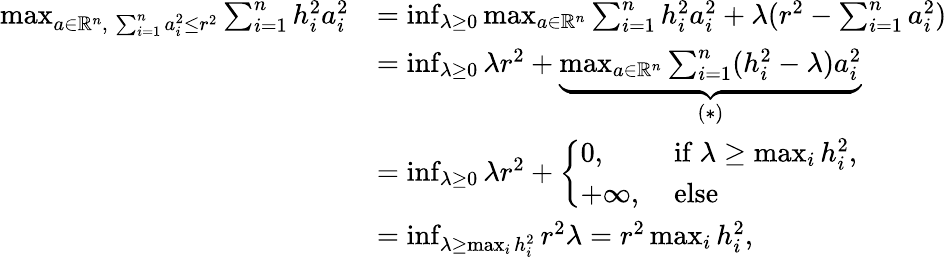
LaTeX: \begin{array}{rl}{\operatorname*{max}_{a\in\mathbb R^{n},\; \sum_{i=1}^{n}a_{i}^{2}\le r^{2}}\sum_{i=1}^{n}h_{i}^{2}a_{i}^{2}}&{=\operatorname*{inf}_{\lambda\ge 0}\operatorname*{max}_{a\in\mathbb R^{n}}\sum_{i=1}^{n}h_{i}^{2}a_{i}^{2}+\lambda(r^{2}-\sum_{i=1}^{n}a_{i}^{2})}\\ &{=\operatorname*{inf}_{\lambda\ge 0}\lambda r^{2}+\underbrace{\operatorname*{max}_{a\in\mathbb R^{n}}\sum_{i=1}^{n}(h_{i}^{2}-\lambda)a_{i}^{2}}_{(*)}}\\ &{=\operatorname*{inf}_{\lambda\ge 0}\lambda r^{2}+\left\{ \begin{array}{ll}{0,}&{\mathrm{~if~}\lambda\ge\operatorname*{max}_{i}h_{i}^{2},}\\ {+\infty,}&{\mathrm{~else}}\end{array}\right.}\\ &{=\operatorname*{inf}_{\lambda\ge\operatorname*{max}_{i}h_{i}^{2}}r^{2}\lambda=r^{2}\operatorname*{max}_{i}h_{i}^{2},}\end{array}